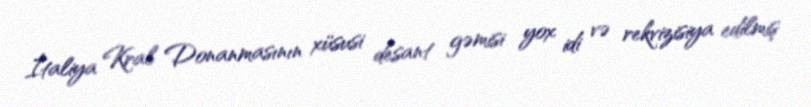
İtaliya Kral Donanmasının xüsusi desant gəmisi yox idi və rekvizisiya edilmiş